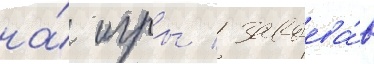
на́ игры / завоева́в